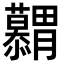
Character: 𮍋